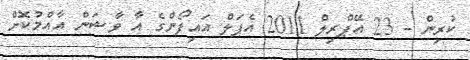
ކުރިން - 23 އޭޕްރިލް 2011 އެޕަލް އައިފޯންގެ އާ ވާޝަން އާއްމުކޮށް